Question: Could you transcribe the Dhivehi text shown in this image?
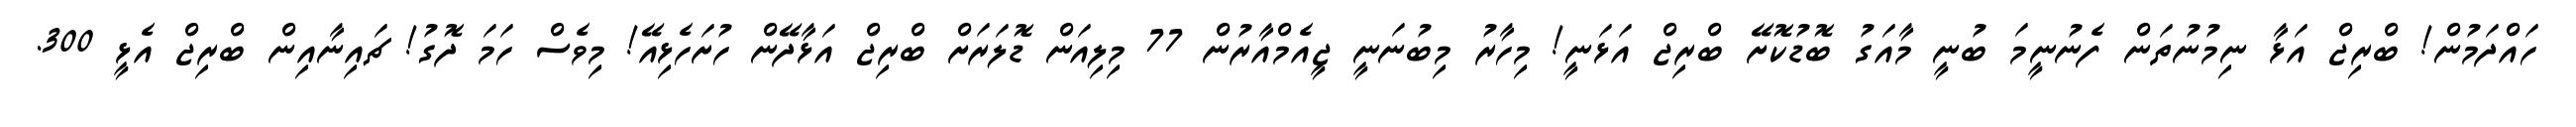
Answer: ހައްދަމުން! ބްރިޖް އަޅާ ނިމުނުތަން ފެނުނީމަ ބުނީ މާއަގު ބޮޑުކޮށޭ ބްރިޖް އަޅަނީ! މިހާރު މިބުނަނީ ޖީއެމްއާރުން 77 މިލިއަން ޑޮލަރަށް ބްރިޖް އަޅާދޭން ހުށަހެޅިއޭ! މިވެސް ހަމަ ދޮގު! ޗައިނާއިން ބްރިޖް އެޅީ 300.